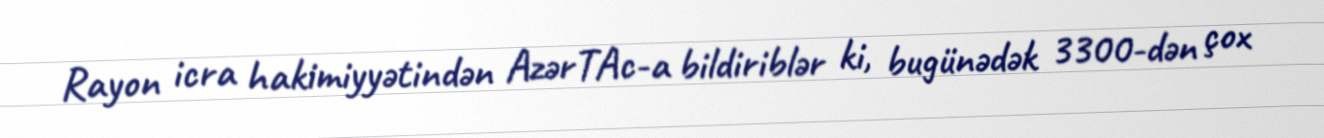
Rayon icra hakimiyyətindən AzərTAc-a bildiriblər ki, bugünədək 3300-dən çox